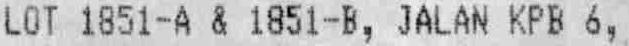
LOT 1851-A & 1851-B, JALAN KPB 6,